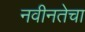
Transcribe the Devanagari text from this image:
नवीनतेचा